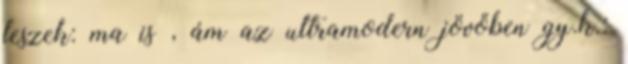
leszek: ma is , ám az ultramodern jövőben gy.k.: